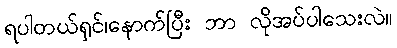
ရပါတယ်ရှင်၊နောက်ပြီး ဘာ လိုအပ်ပါသေးလဲ။